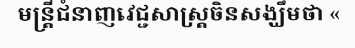
មន្ត្រីជំនាញវេជ្ជសាស្ត្រចិនសង្ឃឹមថា «